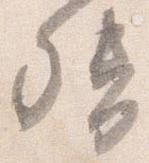
督